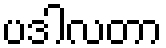
ပဒါလတာ